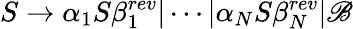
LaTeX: S\to\alpha_{1}S\beta_{1}^{rev}|\cdots|\alpha_{N}S\beta_{N}^{rev}|\mathscr{B}